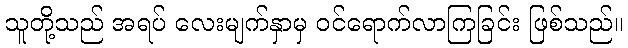
သူတို့သည် အရပ် လေးမျက်နှာမှ ဝင်ရောက်လာကြခြင်း ဖြစ်သည်။